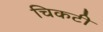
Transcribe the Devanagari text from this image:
चिकटी